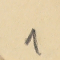
1